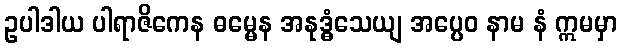
ဥပါဒါယ ပါရာဇိကေန ဓမ္မေန အနုဒ္ဓံသေယျ အပ္ပေဝ နာမ နံ ဣမမှာ